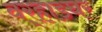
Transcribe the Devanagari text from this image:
वर्‍हाडघर